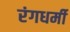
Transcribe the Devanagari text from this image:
रंगधर्मी